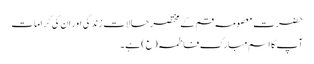
حضرت معصومہ قم کے مختصر حالات زندگی اور ان کی کرامات
آپ کا اسم مبارک فاطمہ(ع) ہے۔